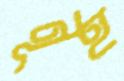
নূহ